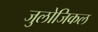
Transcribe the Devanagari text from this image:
जुलोजिकल